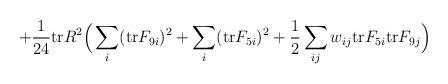
LaTeX: \begin{align*}+ { 1\over 24} {\rm tr} R^2 \Big( \sum_i ({\rm tr}F_{9i})^2 + \sum_i ({\rm tr} F_{5i})^2 + {1 \over 2} \sum_{ij}w_{ij} {\rm tr} F_{5i} {\rm tr} F_{9j}\Big)\end{align*}